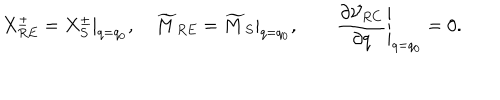
LaTeX: X _ { R E } ^ { \pm } = X _ { S } ^ { \pm } | _ { q = q _ { 0 } } , \quad \widetilde { M } _ { R E } = \widetilde { M } _ { S } | _ { q = q _ { 0 } } , \qquad \left. { \frac { \partial { \cal V } _ { R C } } { \partial q } } \right| _ { q = q _ { 0 } } = 0 .